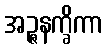
အဉ္ဇနက္ခိကာ